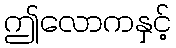
ဤလောကနှင့်